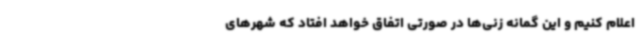
اعلام کنیم و این گمانه زنی‌ها در صورتی اتفاق خواهد افتاد که شهرهای